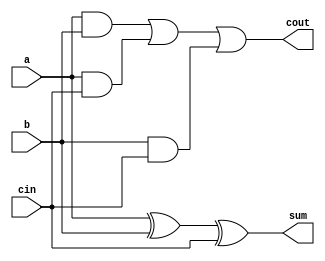
/*
 * Generated by Digital. Don't modify this file!
 * Any changes will be lost if this file is regenerated.
 */

module full_adder (
  input a,
  input b,
  input cin,
  output sum,
  output cout
);
  assign sum = (a ^ b ^ cin);
  assign cout = ((a & b) | (a & cin) | (b & cin));
endmodule